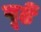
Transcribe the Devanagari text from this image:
बूढें